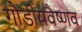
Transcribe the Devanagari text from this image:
गौडीयवैष्णव